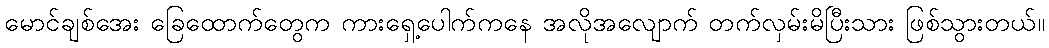
မောင်ချစ်အေး ခြေထောက်တွေက ကားရှေ့ပေါက်ကနေ အလိုအလျောက် တက်လှမ်းမိပြီးသား ဖြစ်သွားတယ်။